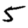
Digit: 5